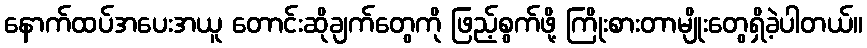
နောက်ထပ်အပေးအယူ တောင်းဆိုချက်တွေကို ဖြည့်စွက်ဖို့ ကြိုးစားတာမျိုးတွေရှိခဲ့ပါတယ်။